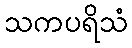
သကပရိသံ